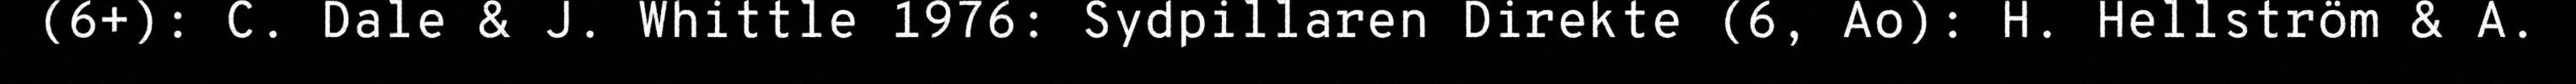
(6+): C. Dale & J. Whittle 1976: Sydpillaren Direkte (6, Ao): H. Hellström & A.